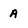
Character: a